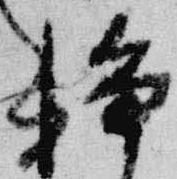
浄